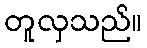
တူလှသည်။